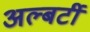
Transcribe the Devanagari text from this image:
अल्बर्टी